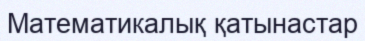
Математикалық қатынастар